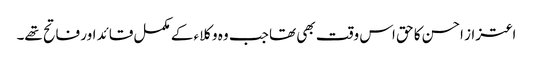
اعتزاز احسن کا حق اس وقت بھی تھا جب وہ وکلاء کے مکمل قائد اور فاتح تھے۔